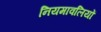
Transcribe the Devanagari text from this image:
नियमावलियों